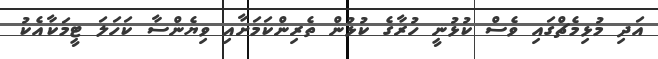
އަދި މުޅިމެޗްގައި ވެސް ކުޅުނީ ހުރާގެ ކުޅުން ތެރިންކަމަށާއި ވިޔެންސާ ކަހަލަ ޓީމަކާއެކު